Report on the working of the mental hospitals for Indians in Bihar and Orissa - 1925-1929
Year: 1925
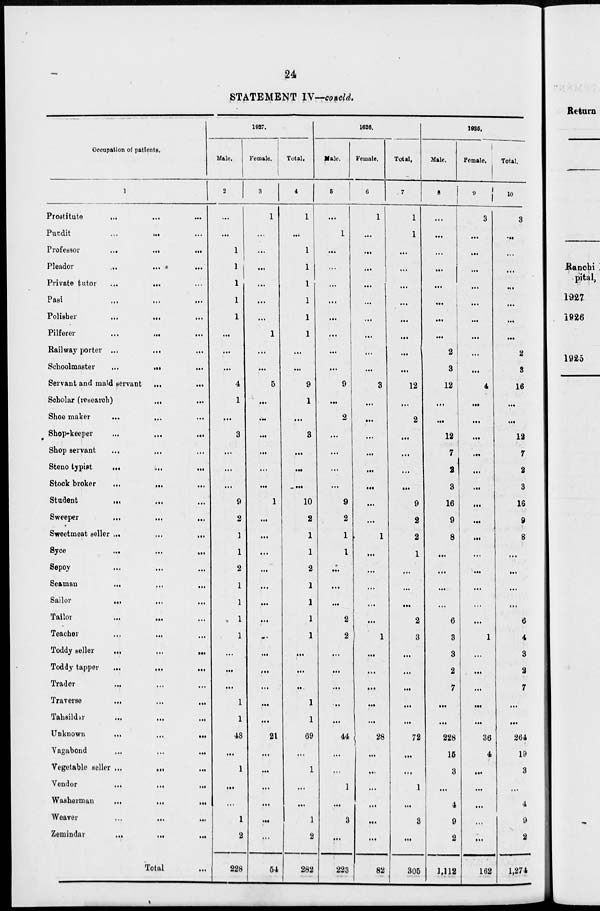
24
STATEMENT IV—concld.
Occupation of patients.
1
Prostitute
...
... ...
Pundit
...
... ...
Professor
...
...
...
Pleador
...
...
...
Private tutor
...
... ...
Pasi
...
...
...
Polisher
...
...
...
Pilferer
...
...
...
Railway porter ...
...
...
Schoolmaster
...
... ...
Servant and maid servant ...
...
Scholar (research)
...
...
Shoe maker
...
...
...
Shop-keeper
...
...
...
Shop servant ... ... ...
Steno typist
...
...
...
Stock broker
...
...
...
Student
...
...
...
Sweeper
...
...
...
Sweetmeat seller ...
...
...
Syce
...
...
...
Sepoy ... ... ...
Seaman
...
...
...
Sailor
... ... ...
Tailor
...
... ...
Teacher ... ... ...
Toddy seller
...
...
...
Toddy tapper
...
...
...
Trader
... ... ...
Traverse
...
...
...
Tahsildar ... ... ...
Unknown
...
...
...
Vagabond
...
...
...
Vegetable seller ...
...
...
Vendor
...
...
...
Washerman
...
...
...
Weaver
...
...
...
Zemindar
...
...
...
Total ...
1927.
Male.
2
...
...
1
1
1
1
1
...
...
...
4
1
...
3
...
...
...
9
2
1
1
2
1
1
1
1
...
...
...
1
1
48
...
1
...
...
1
2
228
Female.
3
1
...
...
...
...
...
...
1
...
...
5
...
...
...
...
...
...
1
...
...
...
...
...
...
...
...
...
...
...
...
...
21
...
...
...
...
...
...
54
Total.
4
1
...
1
1
1
1
1
1
...
...
9
1
...
3
...
...
...
10
2
1
1
2
1
1
1
1
...
...
...
1
1
69
...
1
...
...
1
2
282
1926.
Male.
5
...
1
...
...
...
...
...
...
...
...
9
...
2
...
...
...
...
9
2
1
1
...
...
...
2
2
...
...
...
...
...
44
...
...
1
...
3
...
223
Female.
6
1
...
...
...
...
...
...
...
...
...
3
...
...
...
...
...
...
...
...
1
...
...
...
...
...
1
...
...
...
...
...
28
...
...
...
...
...
...
82
Total.
7
1
1
...
...
...
...
...
...
...
...
12
...
2
...
...
...
...
9
2
2
1
...
...
...
2
3
...
...
...
...
...
72
...
...
1
...
3
...
305
1925.
Male.
8
...
...
...
...
...
...
...
...
2
3
12
...
...
12
7
2
3
16
9
8
...
...
...
...
6
3
3
2
7
...
...
228
15
3
...
4
9
2
1,112
Female.
9
3
...
...
...
...
...
...
...
...
...
4
...
...
...
...
...
...
...
...
...
...
...
...
...
...
1
...
...
...
...
...
36
4
...
...
...
...
...
162
Total.
10
3
...
...
...
...
...
...
...
2
3
16
...
...
12
7
2
3
16
9
8
...
...
...
...
6
4
3
2
7
...
...
264
19
3
...
4
9
2
1,274